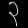
Digit: ၃